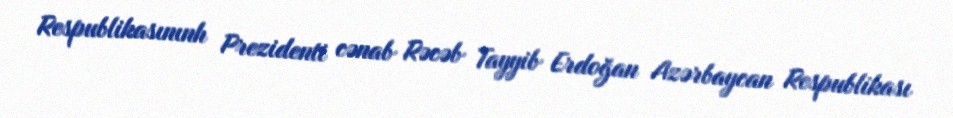
Respublikasınınh Prezidenti cənab Rəcəb Tayyib Erdoğan Azərbaycan Respublikası